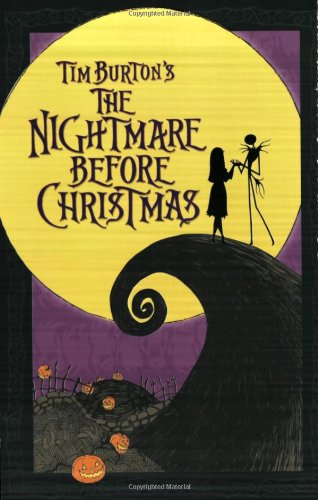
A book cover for Tim Burton's the Nightmare Before Christmas (Manga); Tim Burton; Comics & Graphic Novels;